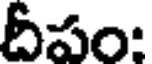
దీపం: